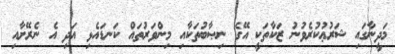
މަދީނާގައި ޝަރުޢުކުރެވުނު ޒަކާތަކީ އޭގެ ނިޞާބުތަކާއި މިންވަރުތައް ކަނޑައެޅި އަދި އެ ނެރޭށާއި